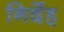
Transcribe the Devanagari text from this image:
निर्देह